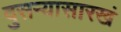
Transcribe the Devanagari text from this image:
दुसऱ्यासारखं